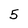
Character: 5